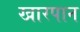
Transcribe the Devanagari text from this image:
खारपान